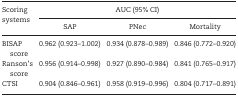
<table><thead><tr><td rowspan="2"><b>Scoring systems</b></td><td colspan="3"><b>AUC (95% CI)</b></td></tr><tr><td><b>SAP</b></td><td><b>PNec</b></td><td><b>Mortality</b></td></tr></thead><tbody><tr><td>BISAP score</td><td>0.962 (0.923–1.002)</td><td>0.934 (0.878–0.989)</td><td>0.846 (0.772–0.920)</td></tr><tr><td>Ranson’s score</td><td>0.956 (0.914–0.998)</td><td>0.927 (0.890–0.984)</td><td>0.841 (0.765–0.917)</td></tr><tr><td>CTSI</td><td>0.904 (0.846–0.961)</td><td>0.958 (0.919–0.996)</td><td>0.804 (0.717–0.891)</td></tr></tbody></table>